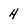
Character: 4